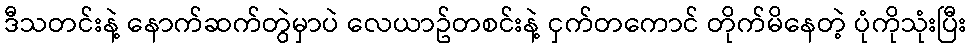
ဒီသတင်းနဲ့ နောက်ဆက်တွဲမှာပဲ လေယာဥ်တစင်းနဲ့ ငှက်တကောင် တိုက်မိနေတဲ့ ပုံကိုသုံးပြီး